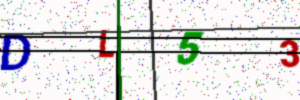
Text: DL53